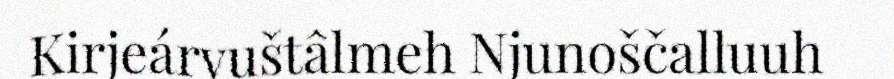
Kirjeárvuštâlmeh Njunoščalluuh